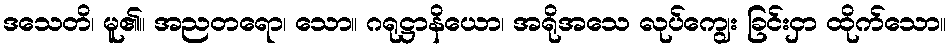
ဒသေတိ၊ မူ၏။ အညတရော၊ သော။ ဂရုဋ္ဌာနိယော၊ အရိုအသေ လုပ်ကျွေး ခြင်းငှာ ထိုက်သော။